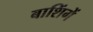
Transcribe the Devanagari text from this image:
बाशिंगें